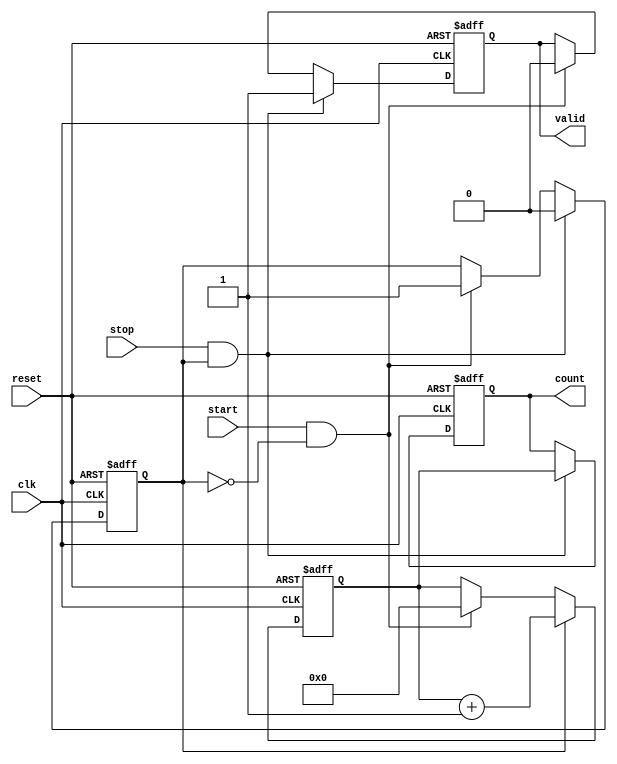
module TDC (
    input wire clk,          // Clock input
    input wire reset,        // Reset signal
    input wire start,        // Start signal
    input wire stop,         // Stop signal
    output reg [N-1:0] count, // Output register for the count
    output reg valid         // Valid signal to indicate valid count
);
    parameter N = 16;        // Bit-width of the counter

    reg [N-1:0] counter;     // Counter register
    reg counting;            // Counting state flag

    // Asynchronous reset and counting logic
    always @(posedge clk or posedge reset) begin
        if (reset) begin
            counter <= 0;    // Reset counter
            count <= 0;      // Reset output count
            valid <= 0;      // Reset valid signal
            counting <= 0;    // Reset counting state
        end else begin
            if (start && !counting) begin
                counting <= 1; // Start counting
                counter <= 0;  // Initialize counter
                valid <= 0;    // Reset valid signal
            end
            
            if (counting) begin
                counter <= counter + 1; // Increment counter
            end
            
            if (stop && counting) begin
                counting <= 0; // Stop counting
                count <= counter; // Capture the count
                valid <= 1;    // Indicate valid count
            end
        end
    end
endmodule